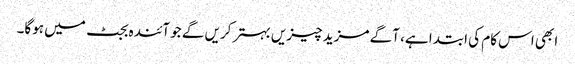
ابھی اس کام کی ابتدا ہے، آگے مزید چیزیں بہتر کریں گے جو آئندہ بجٹ میں ہوگا۔